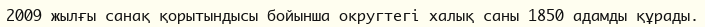
2009 жылғы санақ қорытындысы бойынша округтегі халық саны 1850 адамды құрады.